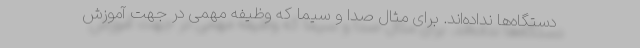
دستگاه‌ها نداده‌اند. برای مثال صدا و سیما که وظیفه مهمی در جهت آموزش